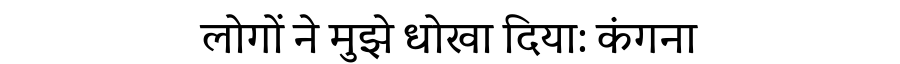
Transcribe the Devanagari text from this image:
लोगों ने मुझे धोखा दिया: कंगना